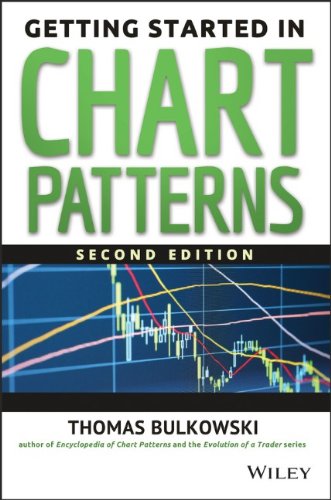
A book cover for Getting Started in Chart Patterns; Thomas N. Bulkowski; Business & Money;